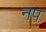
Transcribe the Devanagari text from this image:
नप